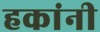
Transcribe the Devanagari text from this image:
हकांनी